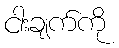
ငါးချက်ကို